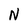
Character: N